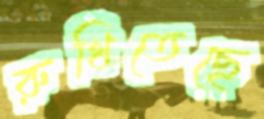
রুখিতেছে